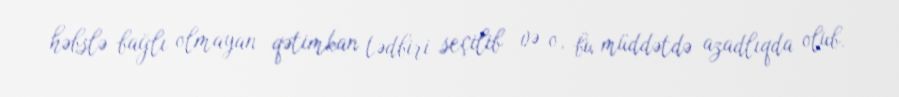
həbslə bağlı olmayan qətimkan tədbiri seçilib və o, bu müddətdə azadlıqda olub.